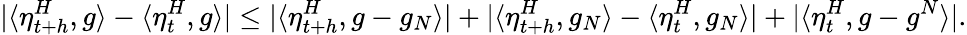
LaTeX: |\langle\eta_{t+h}^{H},g\rangle-\langle\eta_{t}^{H},g\rangle|\leq|\langle\eta_{t+h}^{H},g-g_{N}\rangle|+|\langle\eta_{t+h}^{H},g_{N}\rangle-\langle\eta_{t}^{H},g_{N}\rangle|+|\langle\eta_{t}^{H},g-g^{N}\rangle|.